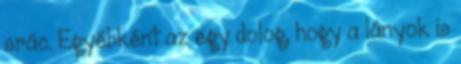
srác. Egyébként az egy dolog, hogy a lányok is